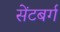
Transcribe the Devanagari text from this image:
सेंटबर्ग